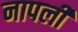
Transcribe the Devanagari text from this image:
नापली